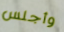
وأجلس